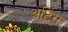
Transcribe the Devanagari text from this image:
अर्टिस